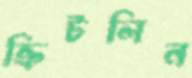
ক্রিটলিন